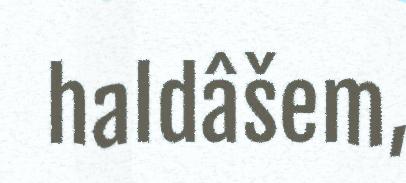
haldâšem,